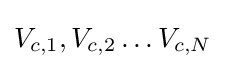
{\textstyle V_{c,1},V_{c,2}\dots V_{c,N}}